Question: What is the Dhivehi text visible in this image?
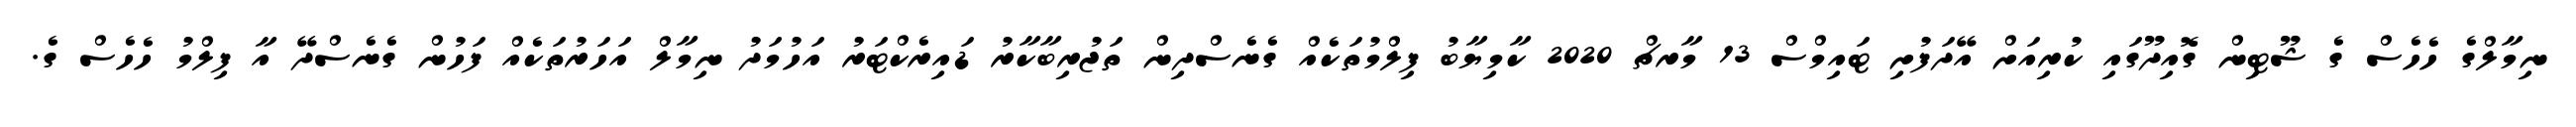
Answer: ނިމާލްގެ ހެހެސް ގެ ޝޫޓިން ގޮއިދޫގައި ކުރިއަށް އޭދަފުށި ޓައިމްސް 13 މާރޗް 2020 ކާމިޔާބު ފިލްމުތަކެއް ގެނެސްދިން ތަޖުރިބާކާރު ޑައިރެކްޓަރު އަހުމަދު ނިމާލް އަހަރުތަކެއް ފަހުން ގެނެސްދޭ އާ ފިލްމު ހެހެސް ގެ.